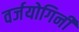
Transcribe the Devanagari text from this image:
वर्जयोगिनी